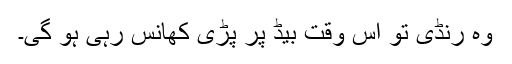
وہ رنڈی تو اس وقت بیڈ پر پڑی کھانس رہی ہو گی۔